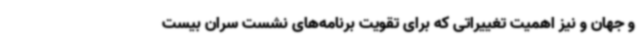
و جهان و نیز اهمیت تغییراتی که برای تقویت برنامه‌های نشست سران بیست